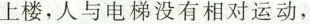
上楼，人与电梯没有相对运动，